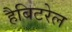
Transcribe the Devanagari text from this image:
हैबिटरेल